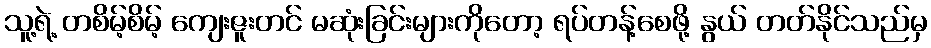
သူ့ရဲ့ တစိမ့်စိမ့် ကျေးဇူးတင် မဆုံးခြင်းများကိုတော့ ရပ်တန့်စေဖို့ နွယ် တတ်နိုင်သည်မှ